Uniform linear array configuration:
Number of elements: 4
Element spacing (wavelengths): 1
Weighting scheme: cosine
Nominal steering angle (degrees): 45
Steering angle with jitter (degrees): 43.526
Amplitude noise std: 0.05
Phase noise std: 0.05

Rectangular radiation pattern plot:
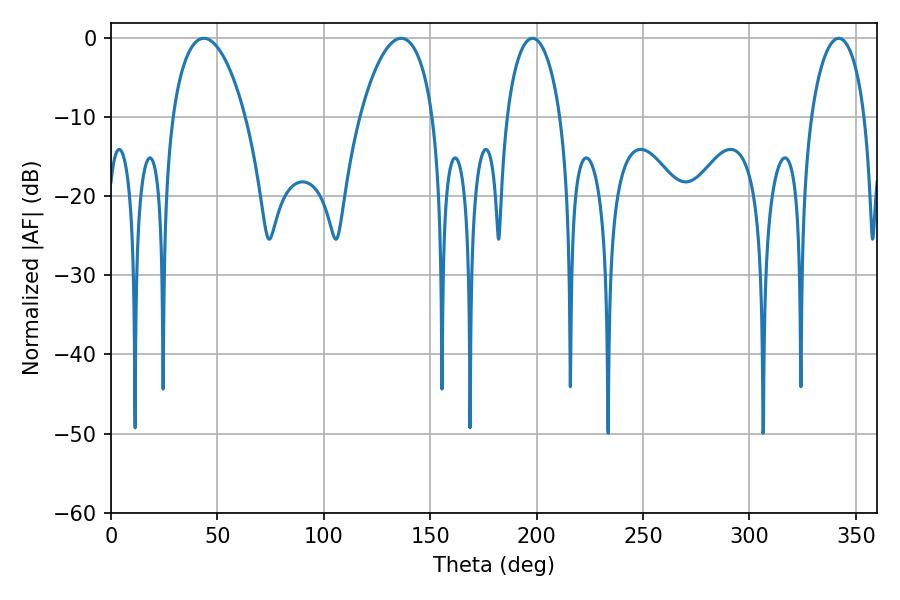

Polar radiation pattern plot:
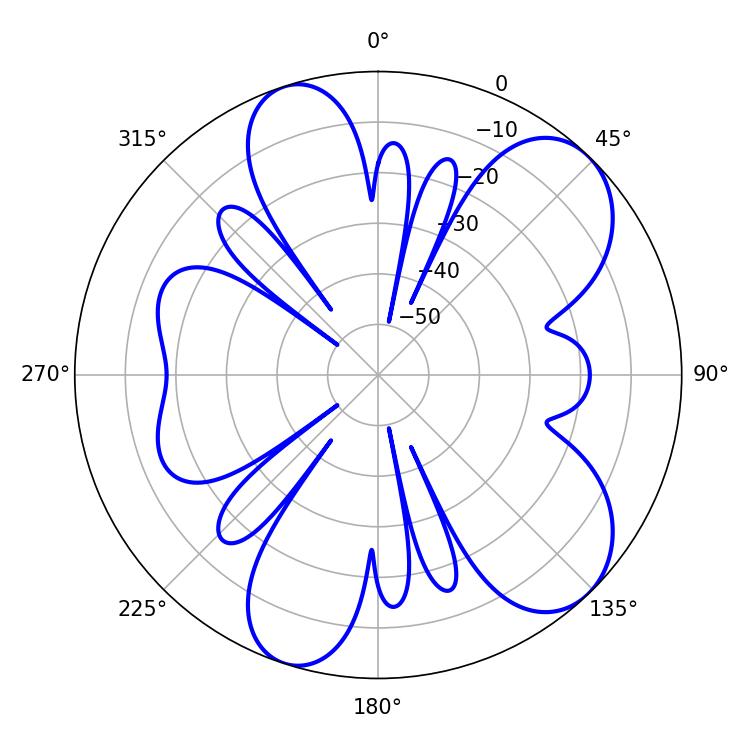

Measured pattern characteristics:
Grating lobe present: TRUE
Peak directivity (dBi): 8.143
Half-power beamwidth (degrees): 19.44
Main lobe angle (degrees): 43.56